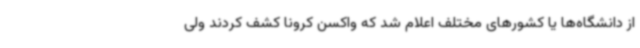
از دانشگاه‌ها یا کشورهای مختلف اعلام شد که واکسن کرونا کشف کردند ولی